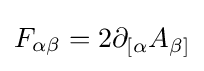
F_{\alpha \beta }=2\partial _{[\alpha }A_{\beta ]}